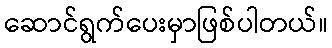
ဆောင်ရွက်ပေးမှာဖြစ်ပါတယ်။